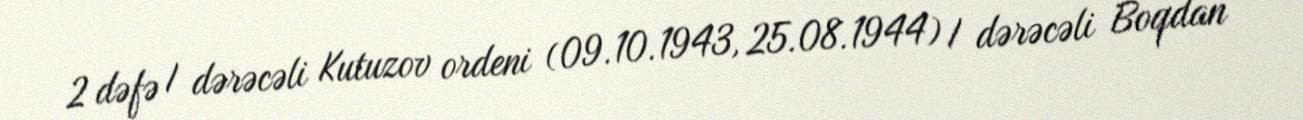
2 dəfə I dərəcəli Kutuzov ordeni (09.10.1943, 25.08.1944) I dərəcəli Boqdan